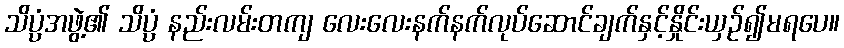
သိပ္ပံအဖွဲ့၏ သိပ္ပံ နည်းလမ်းတကျ လေးလေးနက်နက်လုပ်ဆောင်ချက်နှင့်နှိုင်းယှဉ်၍မရပေ။